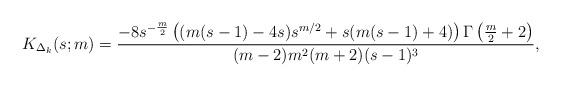
LaTeX: \begin{align*} K_{\Delta_k}(s;m) &= \frac{ -8 s^{-\frac{m}{2}} \left((m (s-1)-4 s) s^{m/2}+s (m (s-1)+4)\right) \Gamma \left(\frac{m}{2}+2\right) }{ (m-2) m^2 (m+2) (s-1)^3 } , \end{align*}